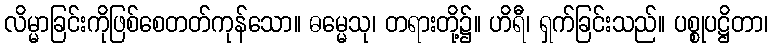
လိမ္မာခြင်းကိုဖြစ်စေတတ်ကုန်သော။ ဓမ္မေသု၊ တရားတို့၌။ ဟိရီ၊ ရှက်ခြင်းသည်။ ပစ္စုပဋ္ဌိတာ၊